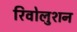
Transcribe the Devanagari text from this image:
रिवोलुशन